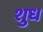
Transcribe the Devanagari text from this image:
शुध